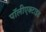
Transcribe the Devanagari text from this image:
पॉलीएक्टाइड